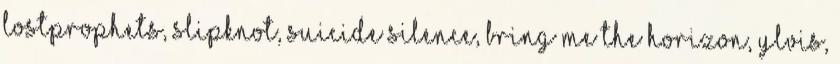
Lostprophets, Slipknot, Suicide Silence, Bring Me the Horizon, Ylvis,